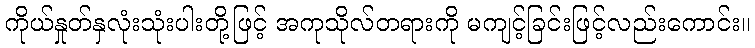
ကိုယ်နှုတ်နှလုံးသုံးပါးတို့ဖြင့် အကုသိုလ်တရားကို မကျင့်ခြင်းဖြင့်လည်းကောင်း။